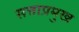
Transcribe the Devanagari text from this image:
सत्ताप्रमुख